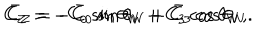
C _ { Z } = - C _ { 0 } \sin \theta _ { W } + C _ { 3 } \cos \theta _ { W } , \hspace { 1 c m } { \bar { C } } _ { Z } = - { \bar { C } } _ { 0 } \sin \theta _ { W } + { \bar { C } } _ { 3 } \cos \theta _ { W } .